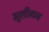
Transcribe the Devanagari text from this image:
मुलीगन